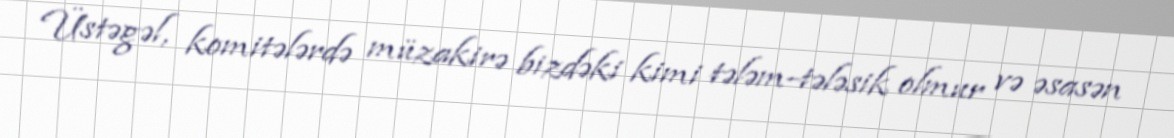
Üstəgəl, komitələrdə müzakirə bizdəki kimi tələm-tələsik olmur və əsasən